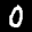
Label: 0